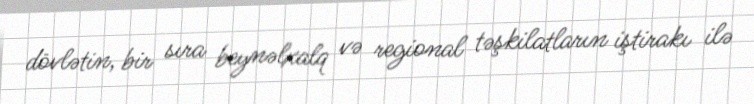
dövlətin, bir sıra beynəlxalq və regional təşkilatların iştirakı ilə